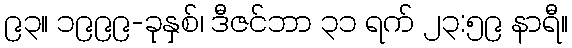
၉၃။ ၁၉၉၉-ခုနှစ်၊ ဒီဇင်ဘာ ၃၁ ရက် ၂၃:၅၉ နာရီ။